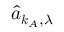
\hat { a } _ { \boldsymbol { k } _ { A } , \lambda }